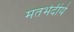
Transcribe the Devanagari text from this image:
मतभेदीये